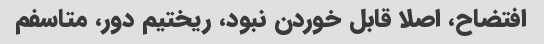
افتضاح، اصلا قابل خوردن نبود، ریختیم دور، متاسفم